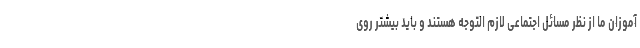
آموزان ما از نظر مسائل اجتماعی لازم التوجه هستند و باید بیشتر روی